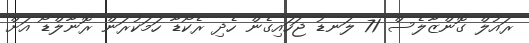
ރައުލް ގޮންޒާލެސް 71 ލަނޑު ޖަހައިގެން ހެދި ރެކޯޑާ ހަމަކުރަން ރޮނާލްޑޯ އަށް